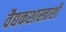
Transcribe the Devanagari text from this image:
वैद्यकशास्त्राशी